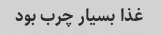
غذا بسیار چرب بود